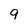
Character: 9